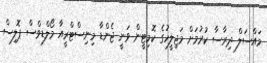
މައްސަލް ދިރާސާ ކުރުމަށް މަޖިލީހުގެ ކޮމިޓީން ވަނީ ޖެންޑާ މިނިސްޓްރީއާ މޯލްޑިވްސް ޕޮލިސް